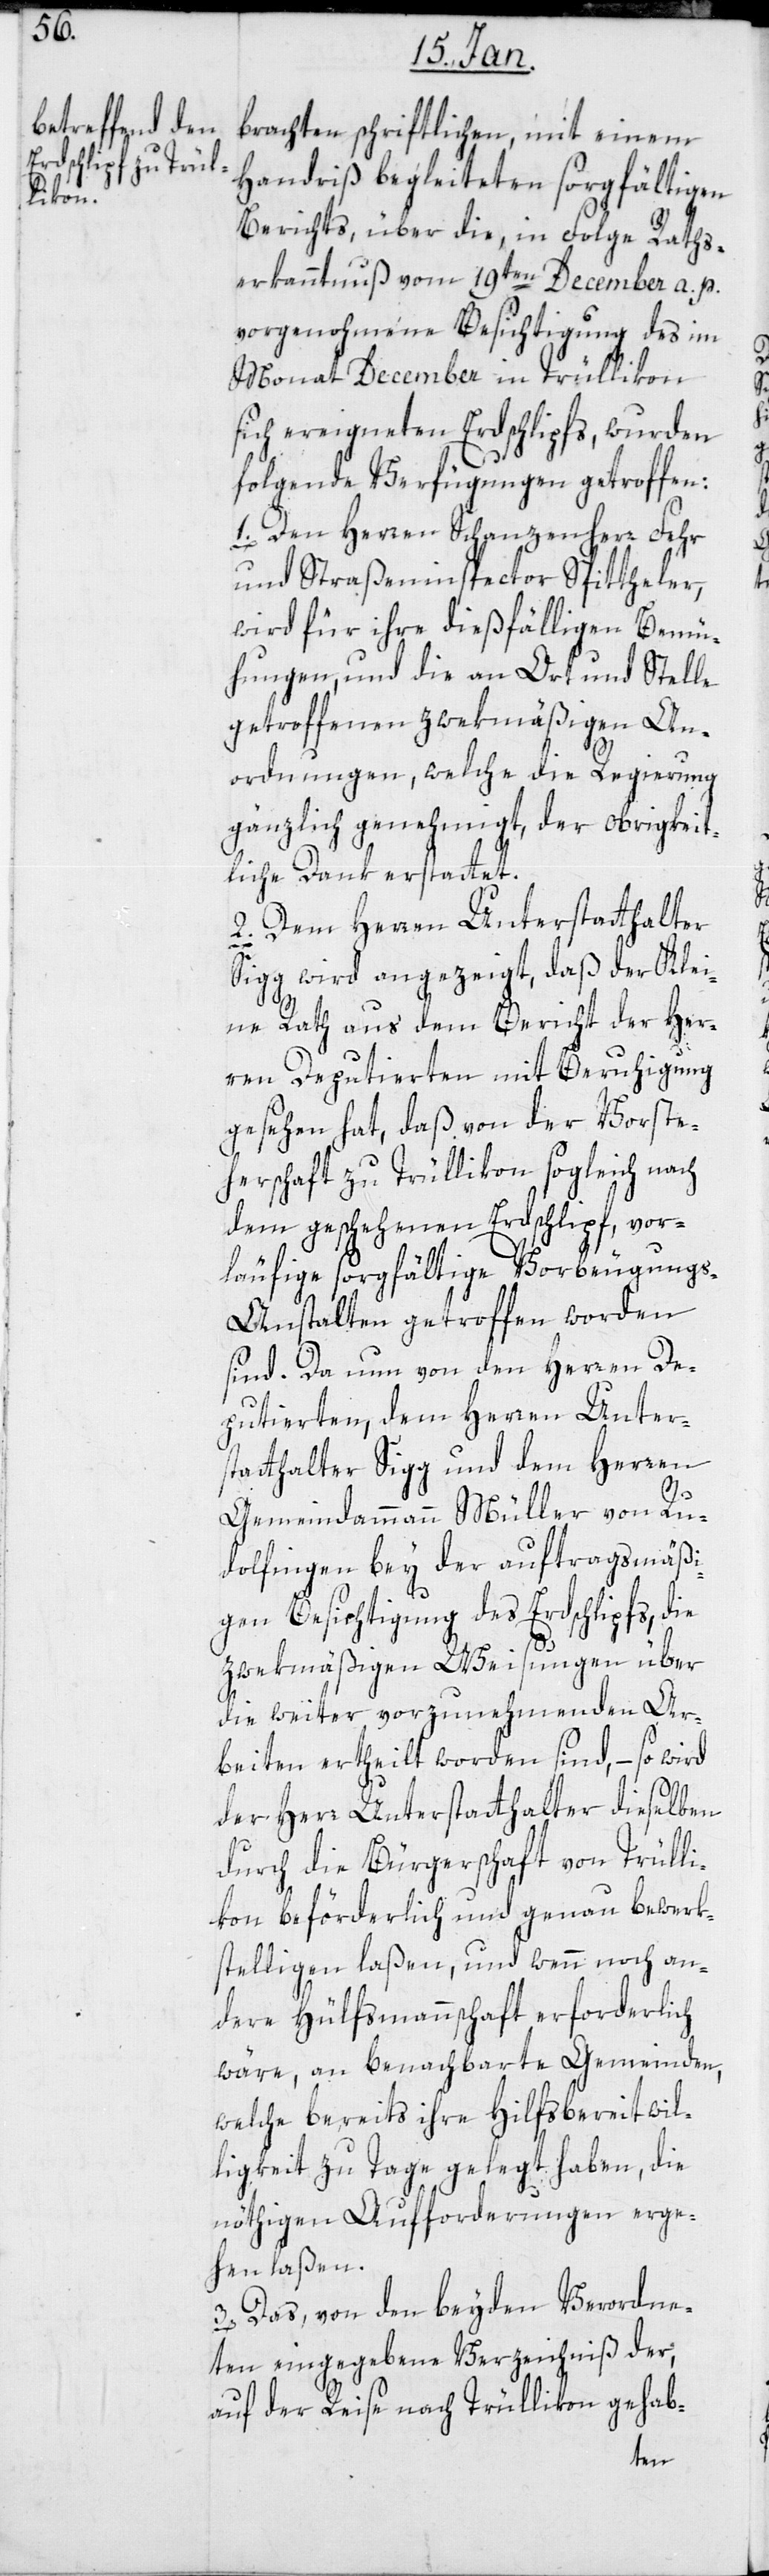
brachten schriftlichen, mit einem
Handriß begleiteten sorgfältigen
Berichts, über die, in Folge Raths¬
erkanntnuß vom 19ten December a. p.
vorgenommene Besichtigung des im
Monat December in Trüllikon
sich ereigneten Erdschlipfs, wurden
folgende Verfügungen getroffen:
1. Den Herren Schanzenherr Fehr
und Straßeninspector Spitteler,
wird für ihre dießfälligen Bemü¬
hungen, und die an Ort und Stelle
getroffenen zwekmäßigen An¬
ordnungen, welche die Regierung
gänzlich genehmigt, der obrigkeit¬
liche Dank erstattet.
2. Dem Herren Unterstatthalter
Sigg wird angezeigt, daß der Klei¬
ne Rath aus dem Bericht der Her¬
ren Deputierten mit Beruhigung
gesehen hat, daß von der Vorste¬
herschaft zu Trüllikon sogleich nach
dem geschehenen Erdschlipf, vor¬
läufige sorgfältige Vorbeugung¬
s-Anstalten getroffen worden
sind. Da nun von den Herren De¬
putierten, dem Herren Unter¬
statthalter Sigg und dem Herren
Gemeindammann Müller von Ru¬
dolfingen bey der auftragsmäßi¬
gen Besichtigung des Erdschlipfs, die
zweckmäßigen Weisungen über
die weiter vorzunehmenden Ar¬
beiten ertheilt worden sind, – so wird
der Herr Unterstatthalter dieselben
durch die Bürgerschaft von Trülli¬
kon beförderlich und genau bewerk¬
stelligen laßen, und wenn noch an¬
dere Hülfsmannschaft erforderlich
wäre, an benachbarte Gemeinden,
welche bereits ihre Hilfsbereitwil¬
ligkeit zu Tage gelegt haben, die
nöthigen Aufforderungen erge¬
hen laßen.
3. Das von den beyden Verordne¬
ten eingegebene Verzeichniß der
auf der Reise nach Trüllikon gehab-